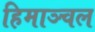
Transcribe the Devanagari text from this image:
हिमाञ्चल